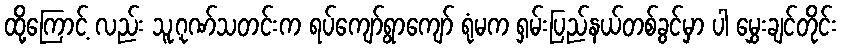
ထို့ကြောင့် လည်း သူ့ဂုဏ်သတင်းက ရပ်ကျော်ရွာကျော် ရုံမက ရှမ်းပြည်နယ်တစ်ခွင်မှာ ပါ မွှေးချင်တိုင်း